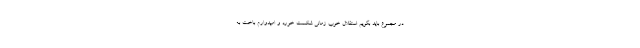
در مجموع باید بگویم استقلال خوب زمانی شکست خورد و امیدوارم باخت به